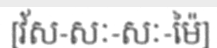
[វ័ស-សៈ-សៈ-ម៉ៃ]